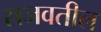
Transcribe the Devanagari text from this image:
सजवतील